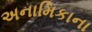
અનામિકાના